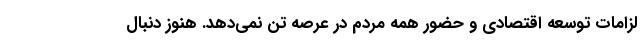
لزامات توسعه اقتصادی و حضور همه مردم در عرصه تن نمی‌دهد. هنوز دنبال